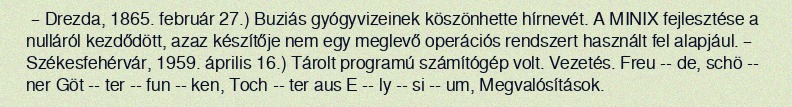
– Drezda, 1865. február 27.) Buziás gyógyvizeinek köszönhette hírnevét. A MINIX fejlesztése a nulláról kezdődött, azaz készítője nem egy meglevő operációs rendszert használt fel alapjául. – Székesfehérvár, 1959. április 16.) Tárolt programú számítógép volt. Vezetés. Freu -- de, schö -- ner Göt -- ter -- fun -- ken, Toch -- ter aus E -- ly -- si -- um, Megvalósítások.